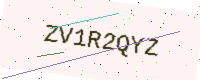
Text: ZV1R2QYZ